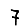
Digit: 7